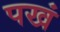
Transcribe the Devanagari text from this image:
पखं